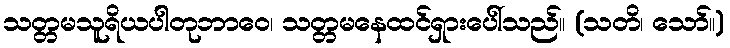
သတ္တမသူရိယပါတုဘာဝေ၊ သတ္တမနေထင်ရှားပေါ်သည်။ (သတိ၊ သော်။)